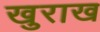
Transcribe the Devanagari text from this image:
खुराख